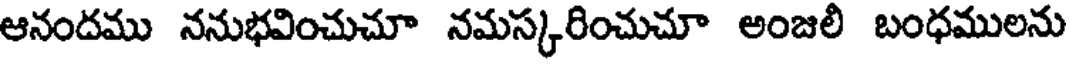
ఆనందము ననుభవించుచూ నమస్కరించుచూ అంజలి బంధములను